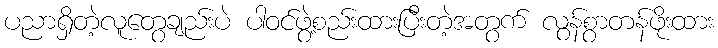
ပညာရှိတဲ့လူတွေချည်းပဲ ပါဝင်ဖွဲ့စည်းထားပြီးတဲ့အတွက် လွန်စွာတန်ဖိုးထား